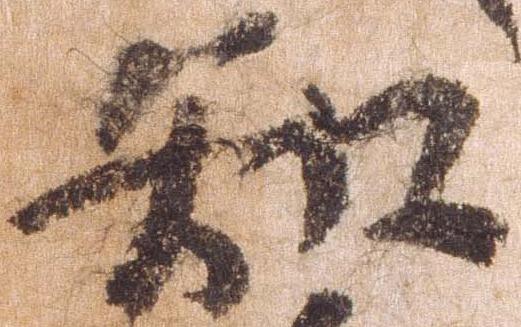
知